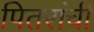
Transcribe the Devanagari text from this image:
पितरांची